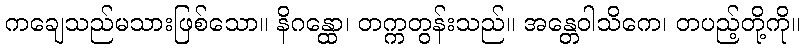
ကချေသည်မသားဖြစ်သော။ နိဂန္ထော၊ တက္ကတွန်းသည်။ အန္တေဝါသိကေ၊ တပည့်တို့ကို။